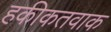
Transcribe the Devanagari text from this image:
हकीकतवाक